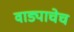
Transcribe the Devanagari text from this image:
वाड्याचेच